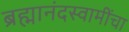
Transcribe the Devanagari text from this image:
ब्रह्मानंदस्वामींचा